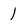
Character: 1